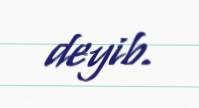
deyib.